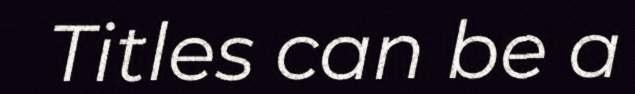
Titles can be a